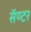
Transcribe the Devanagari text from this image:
सॅण्टर